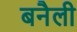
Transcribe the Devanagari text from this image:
बनैली